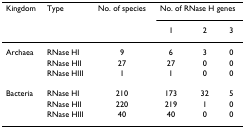
<table><thead><tr><td><b>Kingdom</b></td><td><b>Type</b></td><td><b>No. of species</b></td><td colspan="3"><b>No. of RNase H genes</b></td></tr><tr><td></td><td></td><td></td><td><b>1</b></td><td><b>2</b></td><td><b>3</b></td></tr></thead><tbody><tr><td>Archaea</td><td>RNase HI</td><td>9</td><td>6</td><td>3</td><td>0</td></tr><tr><td></td><td>RNase HII</td><td>27</td><td>27</td><td>0</td><td>0</td></tr><tr><td></td><td>RNase HIII</td><td>1</td><td>1</td><td>0</td><td>0</td></tr><tr><td>Bacteria</td><td>RNase HI</td><td>210</td><td>173</td><td>32</td><td>5</td></tr><tr><td></td><td>RNase HII</td><td>220</td><td>219</td><td>1</td><td>0</td></tr><tr><td></td><td>RNase HIII</td><td>40</td><td>40</td><td>0</td><td>0</td></tr></tbody></table>